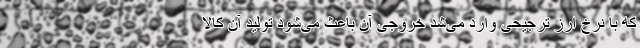
که با نرخ ارز ترجیحی وارد می‌شد خروجی آن باعث می‌شود تولید آن کالا